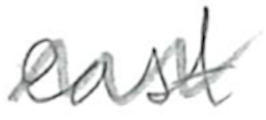
Text: east
Cross-out: zig-zag
Writing tool: pencil